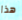
هذا